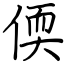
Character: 偄